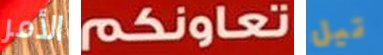
الأمر تعاونكم تيل